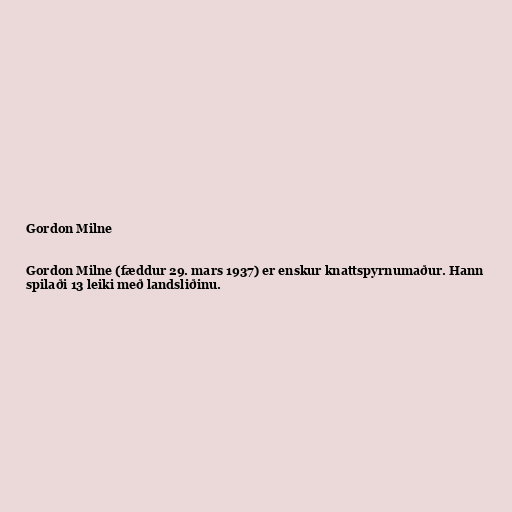
Gordon Milne

Gordon Milne (fæddur 29. mars 1937) er enskur knattspyrnumaður. Hann
spilaði 13 leiki með landsliðinu.